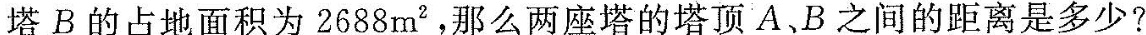
塔B的占地面积为2688m^{2}，那么两座塔的塔顶A.B之间的距离是多少?